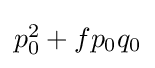
{\textstyle p_{0}^{2}+fp_{0}q_{0}}